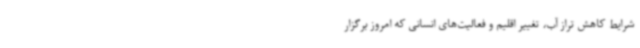
شرایط کاهش تراز آب، تغییر اقلیم و فعالیت‌های انسانی که امروز برگزار